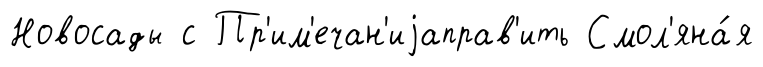
Новосады с Пр'им'ечан'иjаправ'ить Смол'яна́я